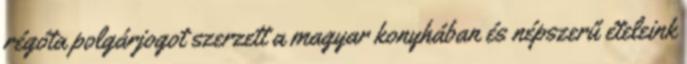
régóta polgárjogot szerzett a magyar konyhában és népszerű ételeink